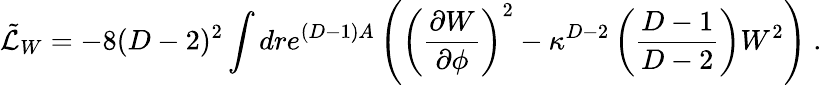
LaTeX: {\tilde{\cal L}}_{W}=-8(D-2)^{2}\int dre^{(D-1)A}\left(\left({\frac{\partial W}{\partial\phi}}\right)^{2}-\kappa^{D-2}\left({\frac{D-1}{D-2}}\right)W^{2}\right)\ .